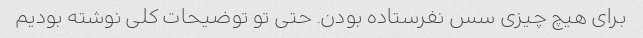
برای هیچ چیزی سس نفرستاده بودن. حتی تو توضیحات کلی نوشته بودیم